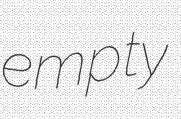
empty